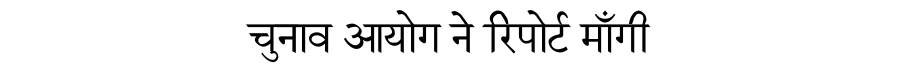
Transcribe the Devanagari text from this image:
चुनाव आयोग ने रिपोर्ट माँगी